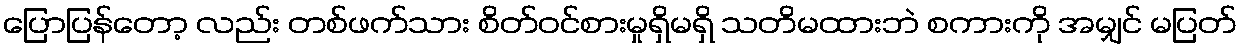
ပြောပြန်တော့ လည်း တစ်ဖက်သား စိတ်ဝင်စားမှုရှိမရှိ သတိမထားဘဲ စကားကို အမျှင် မပြတ်